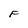
Character: F